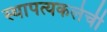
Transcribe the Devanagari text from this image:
स्थापत्यकलेची